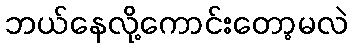
ဘယ်နေလို့ကောင်းတော့မလဲ